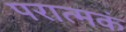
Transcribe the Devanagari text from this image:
परात्मकं